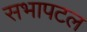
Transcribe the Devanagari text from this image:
सभापटल